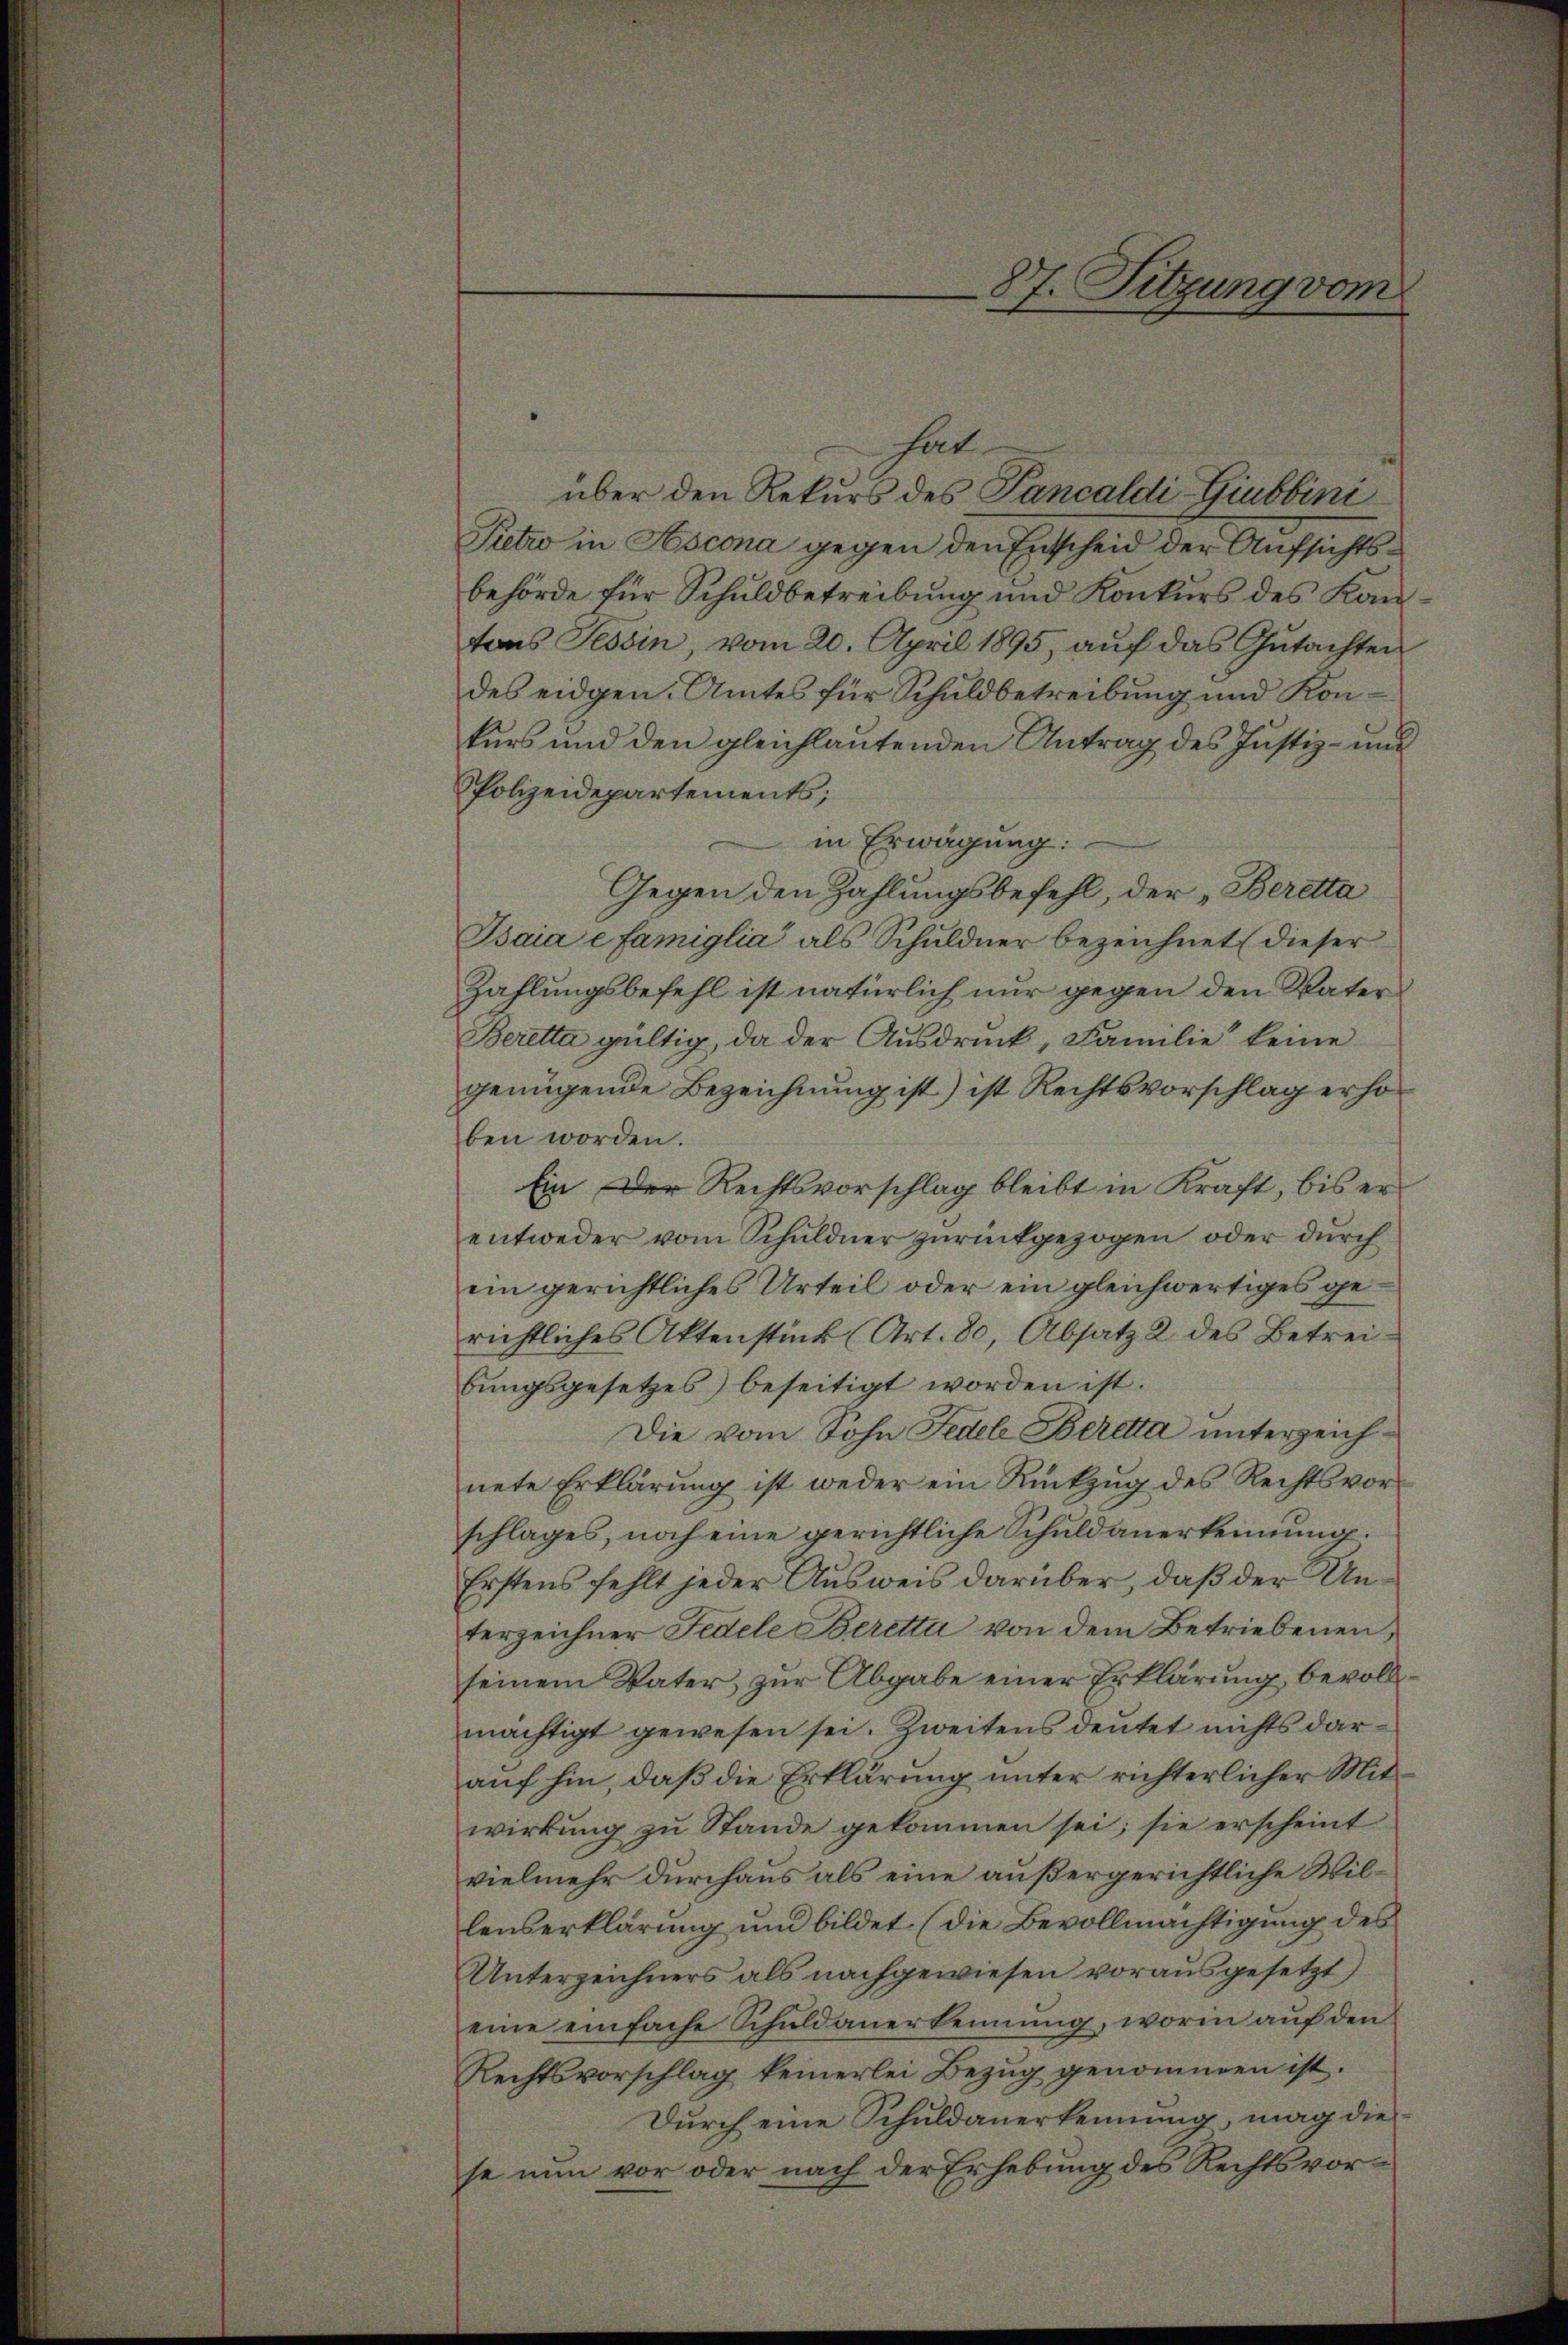
hat.
über den Rekurs des Pancaldi-Giubbini
Petro in Aescona gegen den Entscheid der Aufsichtsbehörde für Schuldbetreibung und Konkurs des Kantons Tessin, vom 20. April 1895, auf das Gutachten
des eidgen. Amtes für Schuldbetreibung und Konkurs und den gleichlautenden Antrag des Justiz- und
PPolizeidepartements;
in Erwägung:
Gegen den Zahlungsbefehl, der „Beretta
Isaia e famiglia als Schuldner bezeichnet (dieser
Zahlungsbefehl ist natürlich nur gegen den Vater
Beretta giltig, da der Ausdruck, Familie keine
genügende Bezeichnung ist) ist Rechtsvorschlag erhoben worden.
Ein Der Rechtsvorschlag bleibt in Kraft, bis er
entweder vom Schuldner zŭrückgezogen oder durch
ein gerichtliches Urteil oder ein gleichwertiges gerichtliches Aktenstück (Art. 80, Absatz 2 des Betreibungsgesetzes) beseitigt worden ist.
Die vom Sohn Fedele Beretta unterzeichnete Erklärung ist weder ein Rückzug des Rechtsvorschlages, noch eine gerichtliche Schuldanerkennung.
Erstens fehlt jeder Ausweis darüber, daß der Unterzeichner Fedele Beretta von dem Betriebenen,
seinem Vater, zur Abgabe einer Erklärung, bevollmächtigt gewesen sei. Zweitens deutet nichts darauf hin, daß die Erklärung unter richterlicher Mitwirkung zu Stande gekommen sei; sie erscheint
vielmehr durchaus als eine außergerichtliche Willenserklärung und bildet (die Bevollmächtigung des
Unterzeichners als nachgewiesen vorausgesetzt)
eine einfache Schuldanerkennung, worin auf den
Rechtsvorschlag keinerlei Bezug genommen ist.
Durch eine Schuldanerkennung, mag die
se nun vor oder nach der Erhebung des Rechtsvor¬

87. Sitzung vom